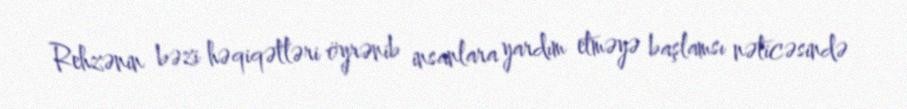
Rehzənin bəzi həqiqətləri öyrənib insanlara yardım etməyə başlamsı nəticəsində